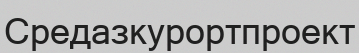
Средазкурортпроект